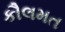
કૌલમત